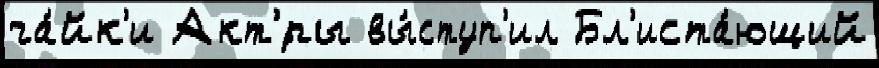
ча́йк'и Акт'́ры вы́ступ'ил Бл'иста́ющий